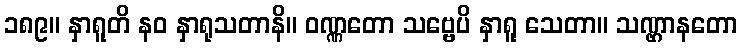
၁၈၉။ နှာရူတိ နဝ နှာရုသတာနိ။ ဝဏ္ဏတော သဗ္ဗေပိ နှာရူ သေတာ။ သဏ္ဌာနတော